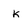
Character: k